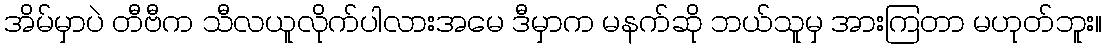
အိမ်မှာပဲ တီဗီက သီလယူလိုက်ပါလားအမေ ဒီမှာက မနက်ဆို ဘယ်သူမှ အားကြတာ မဟုတ်ဘူး။